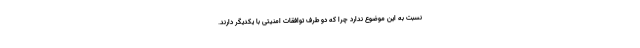
نسبت به این موضوع ندارد چرا که دو طرف توافقات امنیتی با یکدیگر دارند.